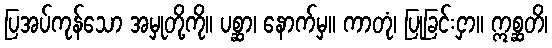
ပြအပ်ကုန်သော အမှုတို့ကို။ ပစ္ဆာ၊ နောက်မှ။ ကာတုံ၊ ပြုခြင်းငှာ။ ဣစ္ဆတိ၊